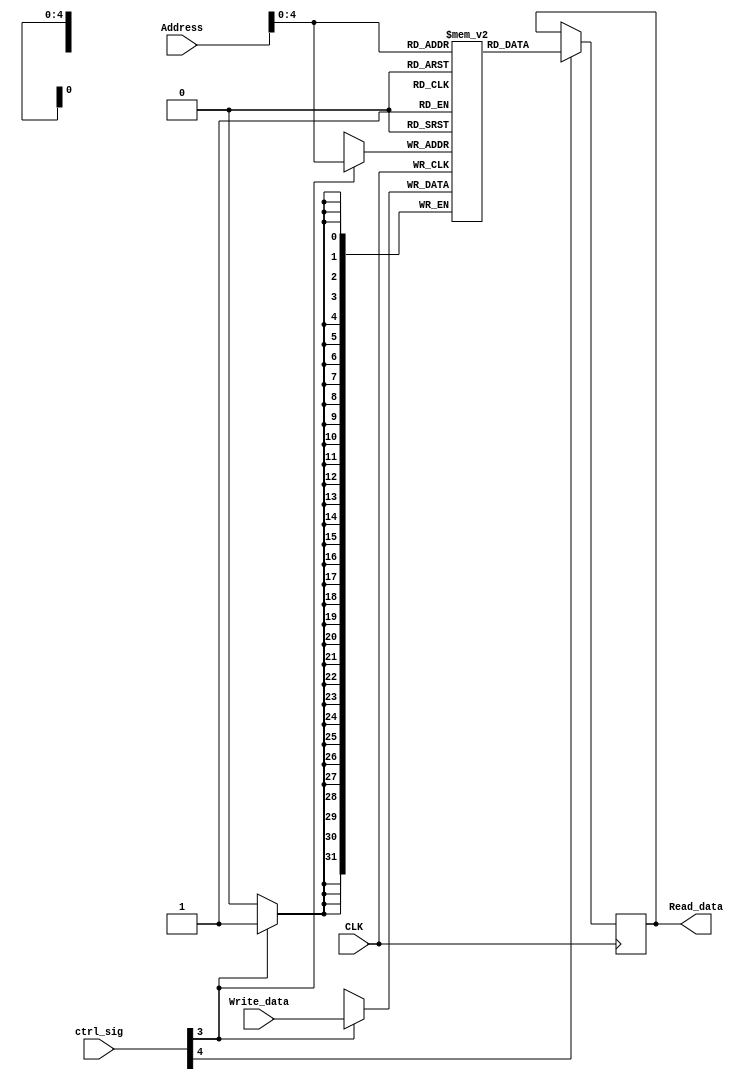
`timescale 1ns / 1ps
//////////////////////////////////////////////////////////////////////////////////
// Company: 
// Engineer: 
// 
// Design Name: 
// Module Name:    Data_Mem 
// Project Name: 
// Target Devices: 
// Tool versions: 
// Description: 
//
// Dependencies: 
//
// Revision: 
// Revision 0.01 - File Created
// Additional Comments: 
//
//////////////////////////////////////////////////////////////////////////////////
module Data_Mem(CLK,Address,Write_data,ctrl_sig,Read_data);
input [31:0] Address,Write_data;
input [8:0] ctrl_sig;
input CLK;
output reg[31:0] Read_data;
reg [31:0]Mem[31:0];
always@(negedge CLK) //at every negative edge of clock
	if(ctrl_sig[4])// if MemRead is high
		Read_data = Mem[Address];// an address from memory is loaded to 'Read_data'
always@(posedge CLK) // at every positive edge of clock
	if(ctrl_sig[3]) // if MemWrite is high
		Mem[Address] = Write_data;// a data is stored in the memory
endmodule